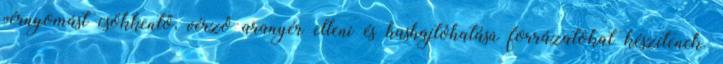
vérnyomást csökkentő, vérző aranyér elleni és hashajtóhatású forrázatokat készítenek.